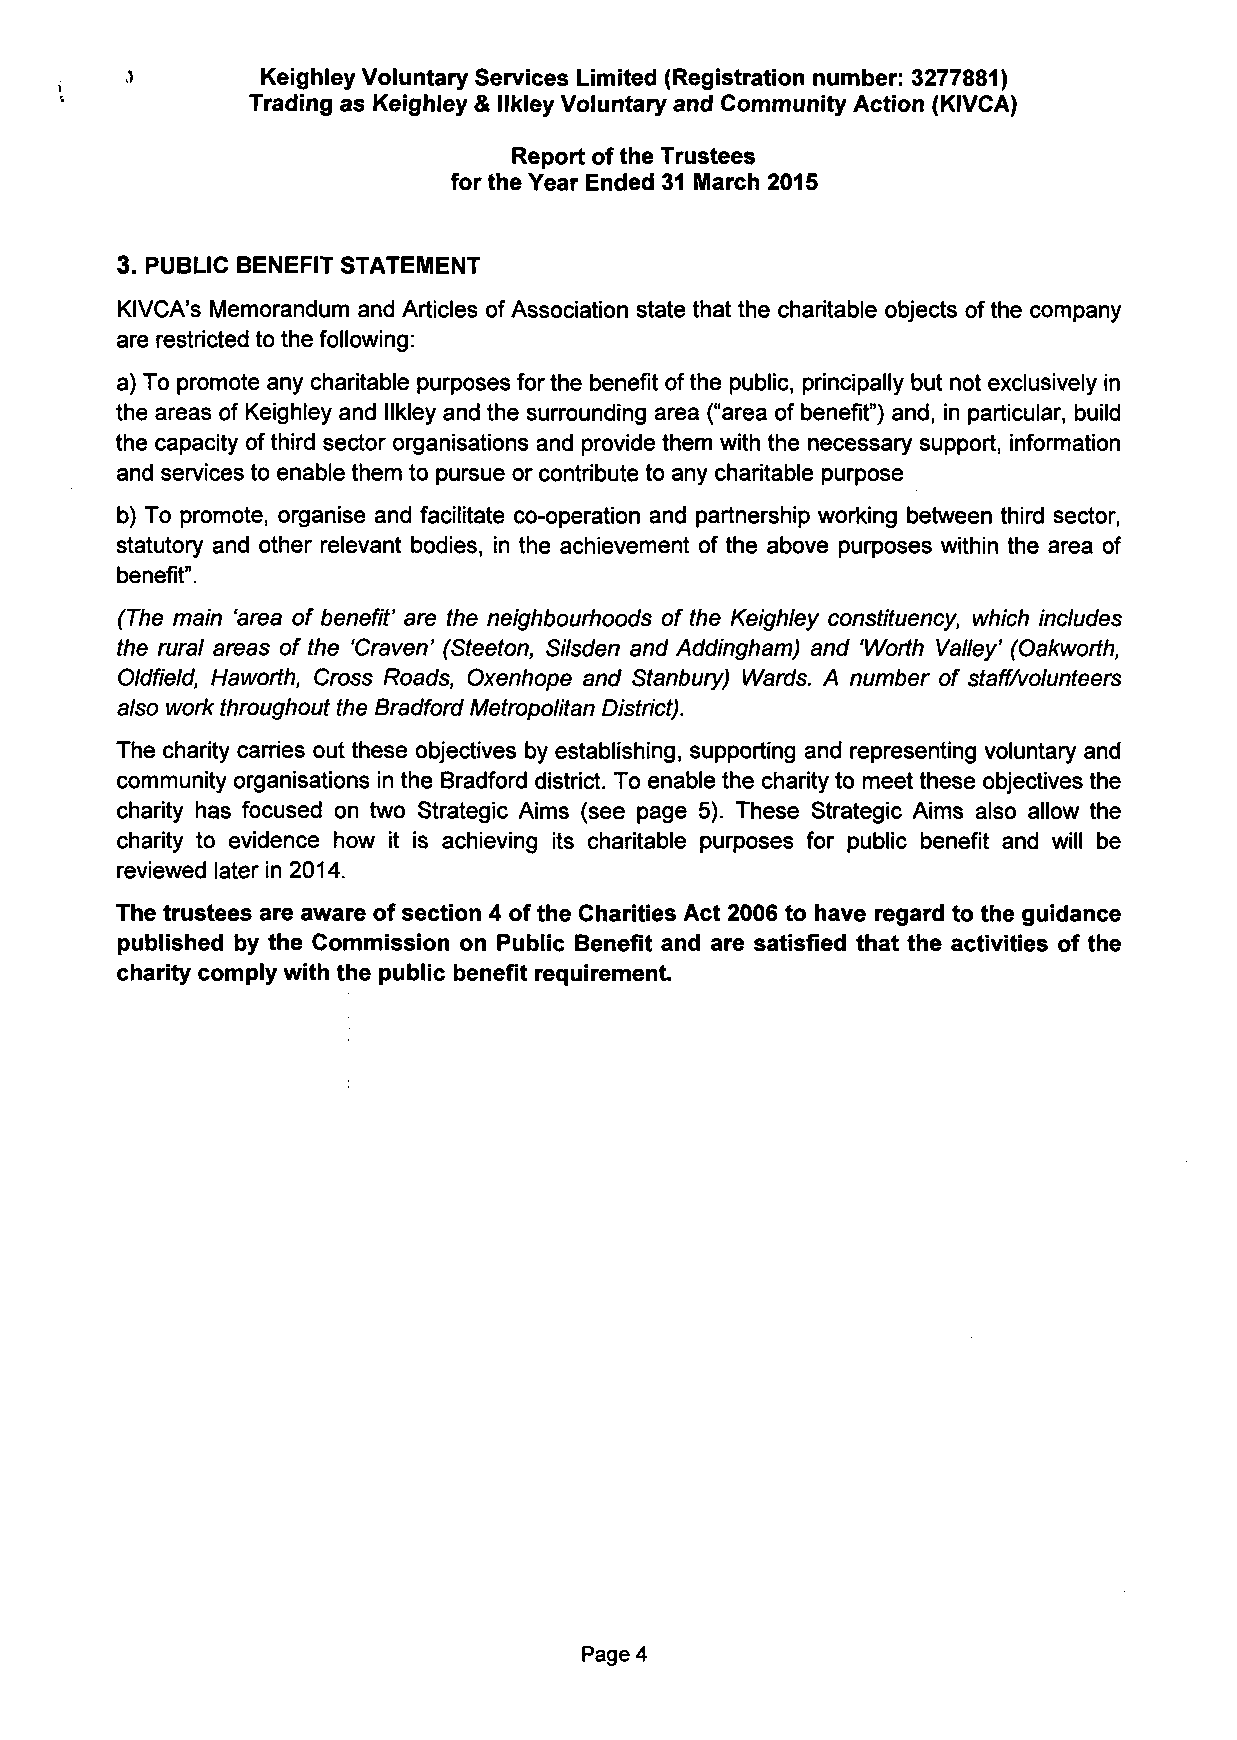
)        Keighley Voluntary Services Limited (Registration number: 3277881)
 Trading as Keighley & llkley Voluntary and Community Action (KIVCA)
 Report of the Trustees
 for the Year Ended 31 March 2015
 3. PUBLIC BENEFIT STATEMENT
 KIVCA's Memorandum and Articles of Association state that the charitable objects of the company
 are restricted to the following:
 a) To promote any charitable purposes for the benefit of the public, principally but not exclusively in
 the areas of Keighley and llkley and the surrounding area ("area of benefit") and, in particular, build
 the capacity of third sector organisations and provide them with the necessary support, information
 and services to enable them to pursue or contribute to any charitable purpose
 b) To promote, organise and facilitate co-operation and partnership working between third sector,
 statutory and other relevant bodies, in the achievement of the above purposes within the area of
 benefit".
 (The main 'area of benefit' are the neighbourhoods of the Keighley constituency, which includes
 the rural areas of the 'Craven' (Steeton, Silsden and Addingham) and 'Worth Valley' (Oakworth,
 Oldfield, Haworth, Cross Roads, Oxenhope and Stanbury) Wards. A number of staff/volunteers
 also work throughout the Bradford Metropolitan District).
 The charity carries out these objectives by establishing, supporting and representing voluntary and
 community organisations in the Bradford district. To enable the charity to meet these objectives the
 charity has focused on two Strategic Aims (see page 5). These Strategic Aims also allow the
 charity to evidence how it is achieving its charitable purposes for public benefit and will be
 reviewed later in 2014.
 The trustees are aware of section 4 of the Charities Act 2006 to have regard to the guidance
 published by the Commission on Public Benefit and are satisfied that the activities of the
 charity comply with the public benefit requirement.
 Page 4